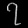
Digit: ၇